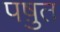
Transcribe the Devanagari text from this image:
पष़ुत